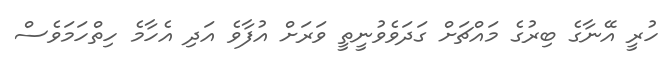
ހުރީ އޭނާގެ ބިރުގެ މައްޗަށް ގަދަވެވުނީތީ ވަރަށް އުފާވެ އަދި އެހާމެ ހިތްހަމަވެސް